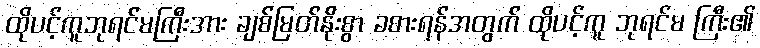
ထိုပင့်ကူဘုရင်မကြီးအား ချစ်မြတ်နိုးစွာ ခစားရန်အတွက် ထိုပင့်ကူ ဘုရင်မ ကြီး၏